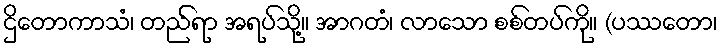
ဌိတောကာသံ၊ တည်ရာ အရပ်သို့။ အာဂတံ၊ လာသော စစ်တပ်ကို။ (ပဿတော၊